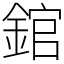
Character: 錧